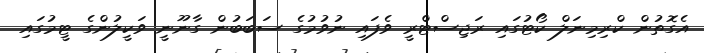
އެގޮތުން ކްރިމިނަލް ކޯޓުގައި ރަޖިސްޓްރީ ވެފައި ނުވުމުގެ ސަބަބުން ގާނޫނީ ވަކީލުންގެ ޓީމުގައި